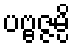
ပဗ္ဗဇ္ဇမ္ပိ